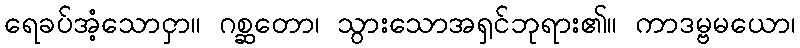
ရေခပ်အံ့သောငှာ။ ဂစ္ဆတော၊ သွားသောအရှင်ဘုရား၏။ ကာဒမ္ဗမယော၊